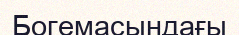
Богемасындағы